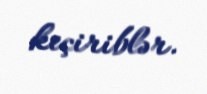
keçiriblər.